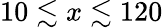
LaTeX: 10\lesssim x\lesssim 120